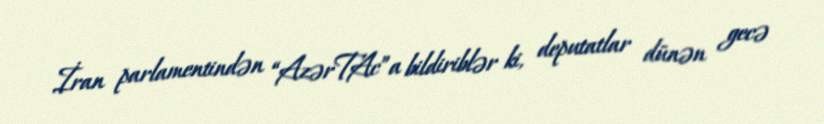
İran parlamentindən “AzərTAc”a bildiriblər ki, deputatlar dünən gecə